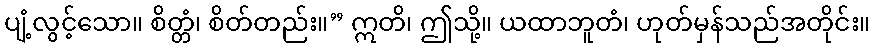
ပျံ့လွင့်သော။ စိတ္တံ၊ စိတ်တည်း။” ဣတိ၊ ဤသို့။ ယထာဘူတံ၊ ဟုတ်မှန်သည်အတိုင်း။